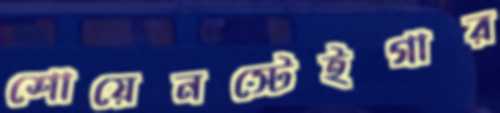
শোয়েনস্টেইগার